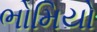
ભોમિયો